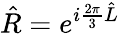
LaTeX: \hat{R}=e^{i\frac{2\pi}{3}\hat{L}}